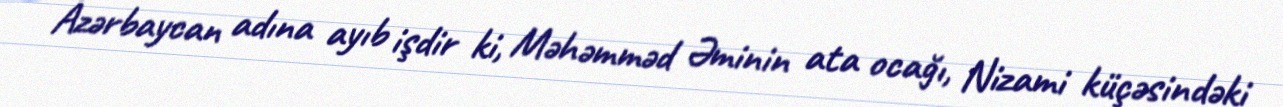
Azərbaycan adına ayıb işdir ki, Məhəmməd Əminin ata ocağı, Nizami küçəsindəki